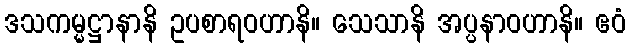
ဒသကမ္မဋ္ဌာနာနိ ဥပစာရဝဟာနိ။ သေသာနိ အပ္ပနာဝဟာနိ။ ဧဝံ